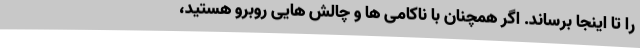
را تا اینجا برساند. اگر همچنان با ناکامی ها و چالش هایی روبرو هستید،